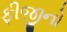
ફીજીનો